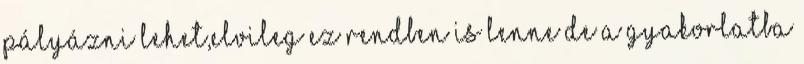
pályázni lehet,elvileg ez rendben is lenne de a gyakorlatba